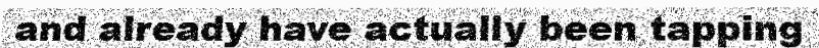
and already have actually been tapping